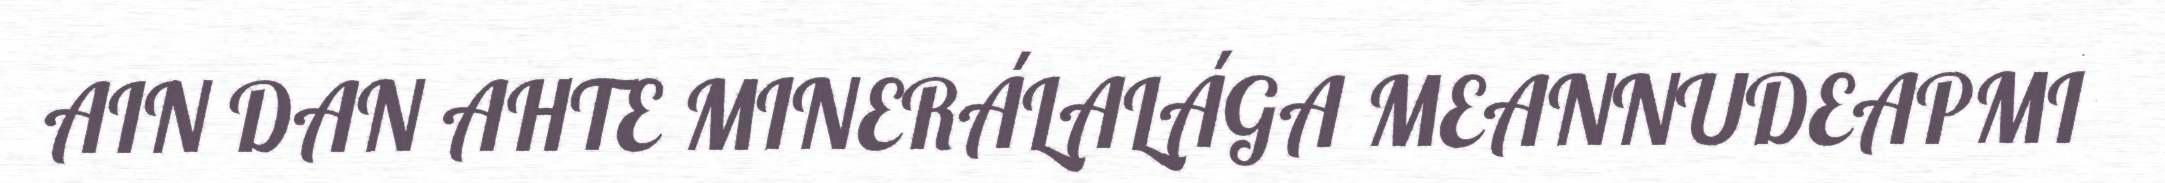
AIN DAN AHTE MINERÁLALÁGA MEANNUDEAPMI